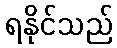
ရနိုင်သည်